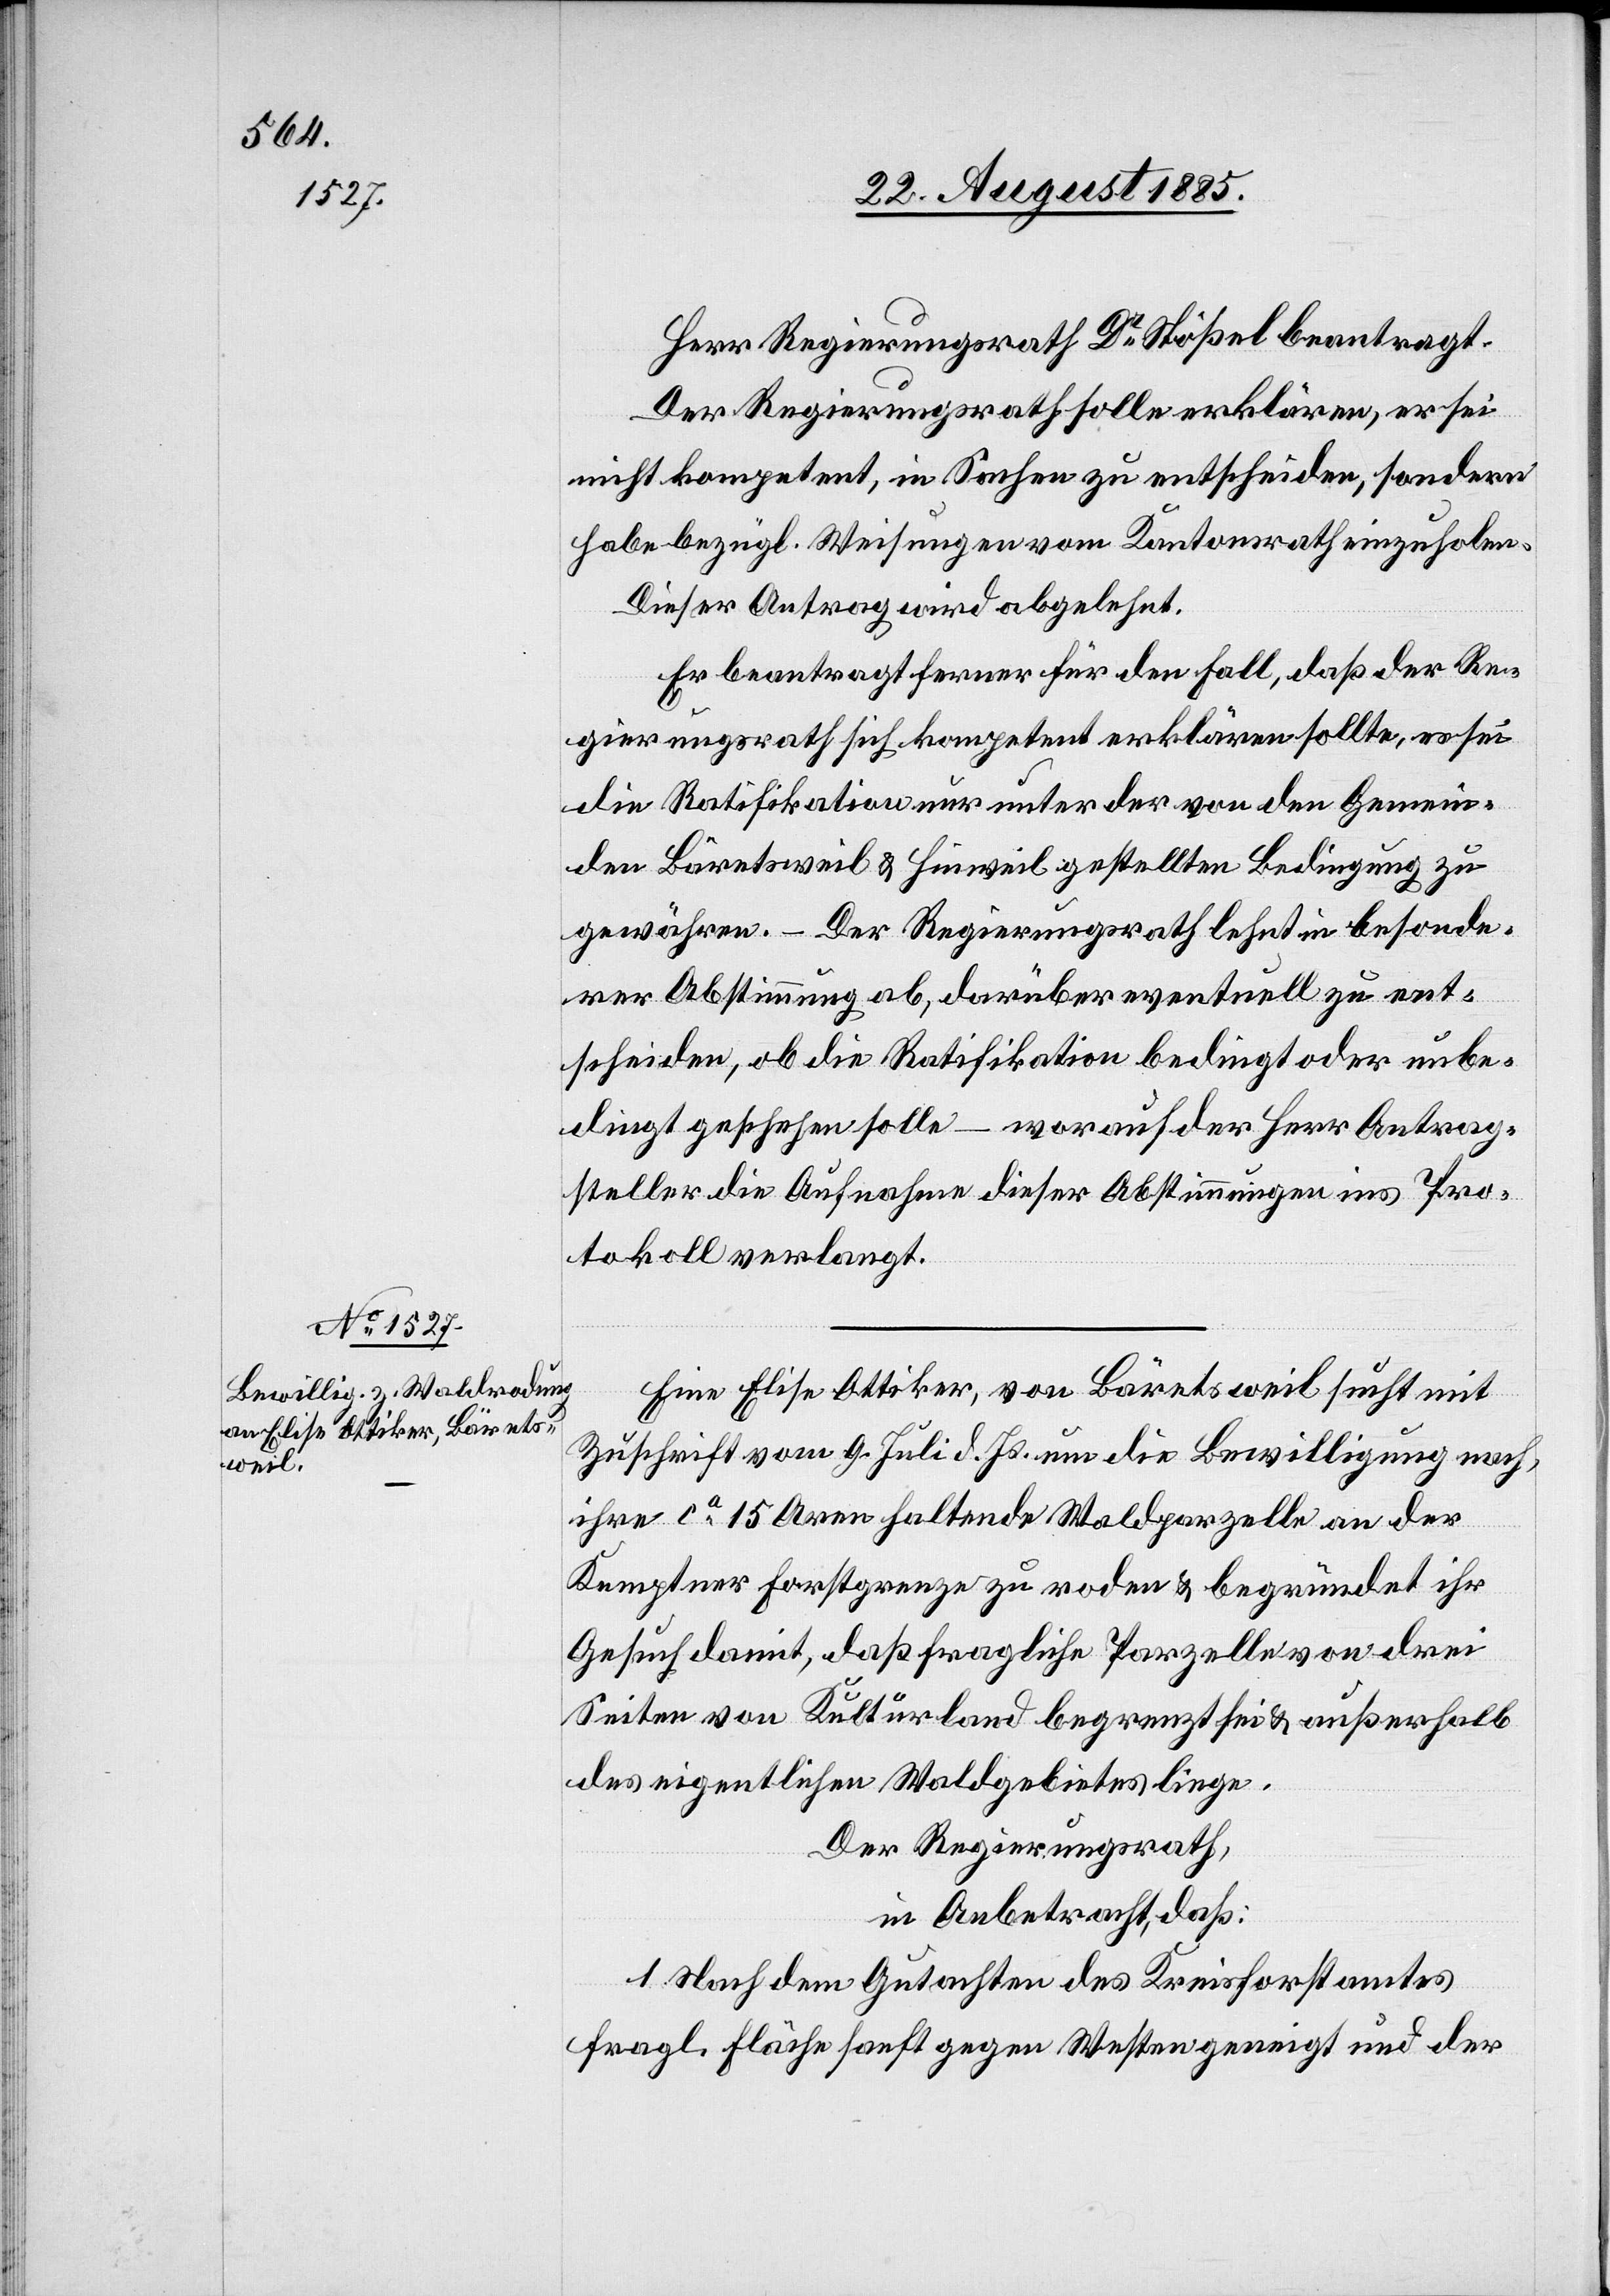
Herr Regierungsrath Dr Stößel beantragt:
Der Regierungsrath solle erklären, er sei
nicht kompetent, in Sachen zu entscheiden, sondern
habe bezügl. Weisungen vom Kantonsrath einzuholen.
Dieser Antrag wird abgelehnt.
Er beantragt ferner für den Fall, daß der Re¬
gierungsrath sich kompetent erklären sollte, es sei
die Ratifikation nur unter der von den Gemein¬
den Bäretsweil & Hinweil gestellten Bedingung zu
gewähren. – Der Regierungsrath lehnt in besonde¬
rer Abstimmung ab, darüber eventuell zu ent¬
scheiden, ob die Ratifikation bedingt oder unbe¬
dingt geschehen solle – worauf der der Antrag¬
steller die Aufnahme dieser Abstimmungen ins Pro¬
tokoll verlangt.
Eine Elise Ottiker, von Bäretsweil sucht mit
Zuschrift vom 9. Juli d. Js. um die Bewilligung nach,
ihre ca 15 Aren haltende Waldparzelle an der
Kemptner Forstgrenze zu roden & begründet ihr
Gesuch damit, daß fragliche Parzelle von drei
Seiten von Kulturland begrenzt sei & außerhalb
des eigentlichen Waldgebietes liege.
Der Regierungsrath,
in Anbetracht, daß:
1. Nach dem Gutachten des Kreisforstamtes
fragl. Fläche sanft gegen Westen geneigt und der